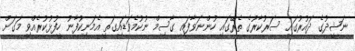
ނަޝީދުގެ ދައުރުގައި ސަރުކާރުގެ ތެރޭގައި ހުންނަވާފައި ގާސިމް ނުކުމެވަޑައިގަތީ އެމަނިކުފާނު ހީފުޅުކުރެއްވި މަގަށް